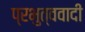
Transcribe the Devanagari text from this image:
प्रभुत्ववादी